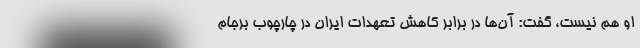
او هم نیست، گفت: آن‌ها در برابر کاهش تعهدات ایران در چارچوب برجام